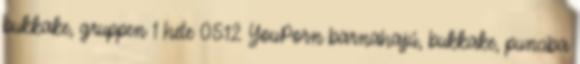
bukkake, gruppen 1 hete 05:12 YouPorn barnahajú, bukkake, punciba